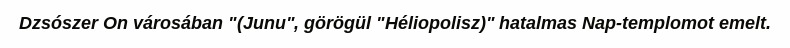
Dzsószer On városában "(Junu", görögül "Héliopolisz)" hatalmas Nap-templomot emelt.